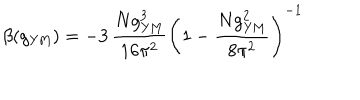
\beta ( g _ { \mathrm { Y M } } ) = - 3 \, \frac { N g _ { \mathrm { Y M } } ^ { 3 } } { 1 6 \pi ^ { 2 } } \left( 1 - \frac { N g _ { \mathrm { Y M } } ^ { 2 } } { 8 \pi ^ { 2 } } \right) ^ { - 1 }